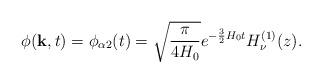
LaTeX: \begin{align*}\phi ({\bf k}, t) = \phi_{\alpha 2} (t) =\sqrt{\frac{\pi}{4H_0}}e^{- \frac{3}{2} H_0 t} H_\nu^{(1)} (z).\end{align*}